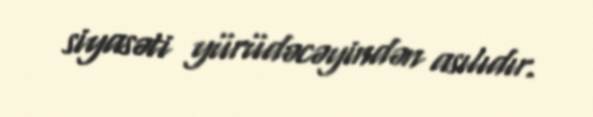
siyasəti yürüdəcəyindən asılıdır.